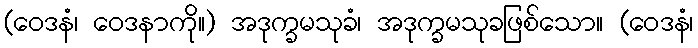
(ဝေဒနံ၊ ဝေဒနာကို။) အဒုက္ခမသုခံ၊ အဒုက္ခမသုခဖြစ်သော။ (ဝေဒနံ၊